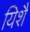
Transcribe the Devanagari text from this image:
यिशै